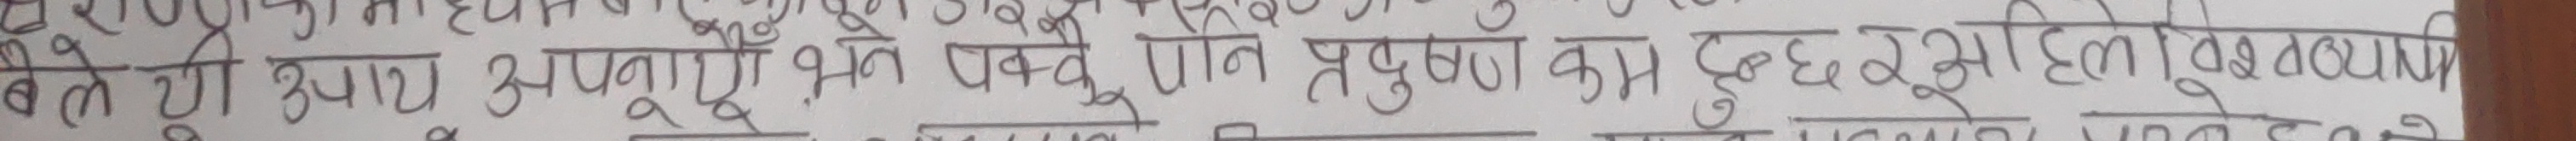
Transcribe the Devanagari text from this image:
लेते उपाय अपनाए पनि प्रदूषण कम हुनु अहिलेसम्म विश्वमा